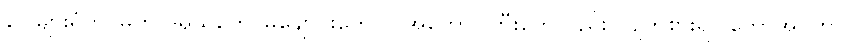
ပေါများရုံတင်မက ဒရယ်တွေ၊ မိချောင်းတွေလို အကောင်ကြီးတွေလည်း ကျက်စားရာ တောအုပ်ဟာ